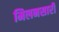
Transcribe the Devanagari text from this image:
मिलनसारी